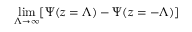
\operatorname* { l i m } _ { \Lambda \to \infty } [ \Psi ( z = \Lambda ) - \Psi ( z = - \Lambda ) ]